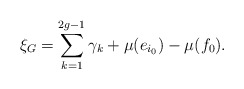
\begin{align*}\xi_G=\sum_{k=1}^{2g-1} \gamma_k+\mu(e_{i_0})-\mu(f_0).\end{align*}